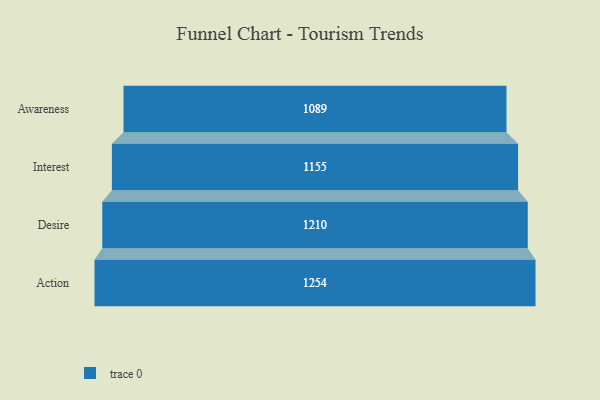
{"axis": {"x": "Stage", "y": "Value"}, "legend": [""], "data": [{"x": "Awareness", "y": 1089.0, "type": ""}, {"x": "Interest", "y": 1155.0, "type": ""}, {"x": "Desire", "y": 1210.0, "type": ""}, {"x": "Action", "y": 1254.0, "type": ""}]}